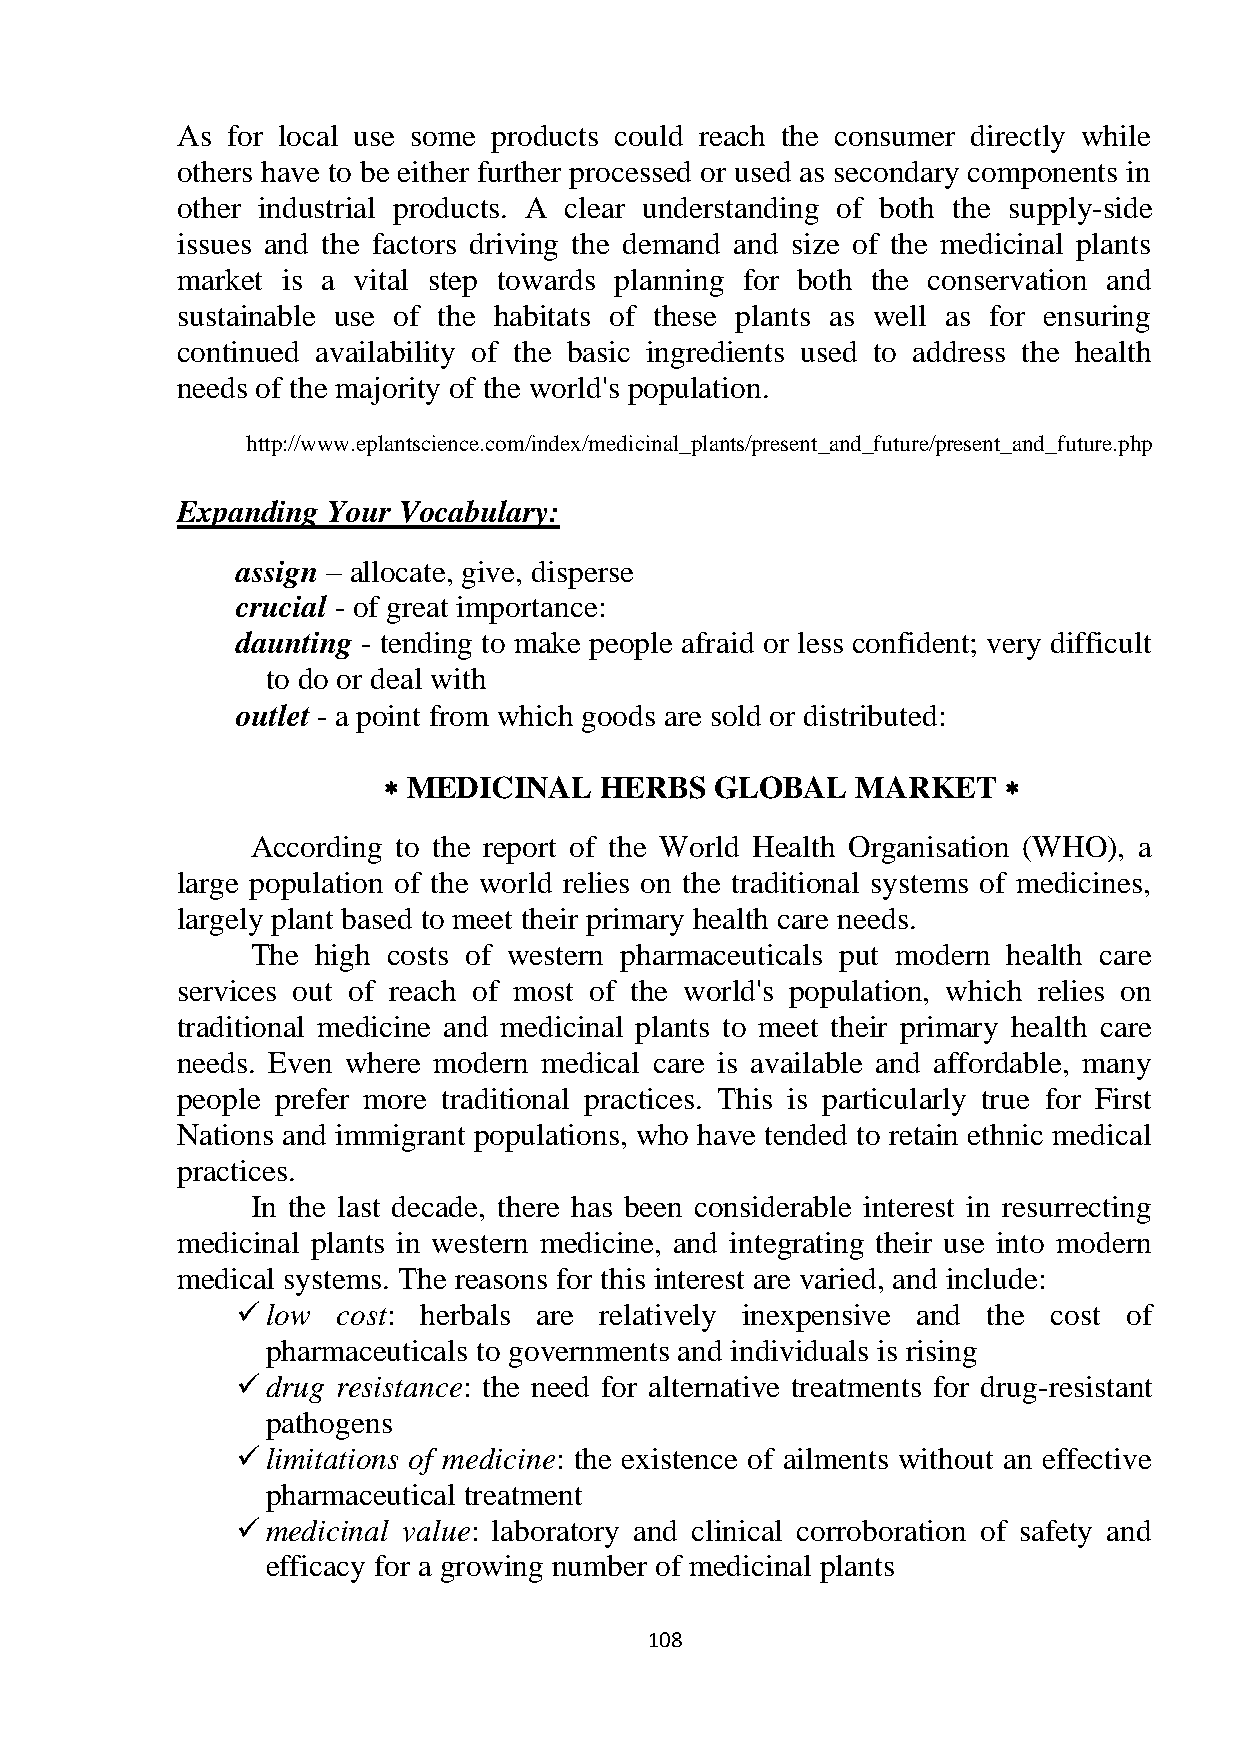
As for local use some products could reach the consumer directly while
 others have to be either further processed or used as secondary components in
 other industrial products. A clear understanding of both the supply-side
 issues and the factors driving the demand and size of the medicinal plants
 market is a vital step towards planning for both the conservation and
 sustainable use of the habitats of these plants as well as for ensuring
 continued availability of the basic ingredients used to address the health
 needs of the majority of the world's population.
 http://www.eplantscience.com/index/medicinal_plants/present_and_future/present_and_future.php
 Expanding Your Vocabulary:
 assign – allocate, give, disperse
 crucial - of great importance:
 daunting - tending to make people afraid or less confident; very difficult
 to do or deal with
 outlet - a point from which goods are sold or distributed:
  MEDICINAL    HERBS  GLOBAL    MARKET   
 According to the report of the World Health Organisation (WHO), a
 large population of the world relies on the traditional systems of medicines,
 largely plant based to meet their primary health care needs.
 The high costs of western pharmaceuticals put modern health care
 services out of reach of most of the world's population, which relies on
 traditional medicine and medicinal plants to meet their primary health care
 needs. Even where modern medical care is available and affordable, many
 people prefer more traditional practices. This is particularly true for First
 Nations and immigrant populations, who have tended to retain ethnic medical
 practices.
 In the last decade, there has been considerable interest in resurrecting
 medicinal plants in western medicine, and integrating their use into modern
 medical systems. The reasons for this interest are varied, and include:
  low cost: herbals are relatively inexpensive and the cost of
 pharmaceuticals to governments and individuals is rising
  drug resistance: the need for alternative treatments for drug-resistant
 pathogens
  limitations of medicine: the existence of ailments without an effective
 pharmaceutical treatment
  medicinal value: laboratory and clinical corroboration of safety and
 efficacy for a growing number of medicinal plants
 108